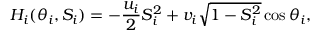
H _ { i } ( \theta _ { i } , S _ { i } ) = - \frac { u _ { i } } { 2 } S _ { i } ^ { 2 } + v _ { i } \sqrt { 1 - S _ { i } ^ { 2 } } \cos \theta _ { i } ,